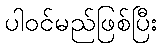
ပါဝင်မည်ဖြစ်ပြီး